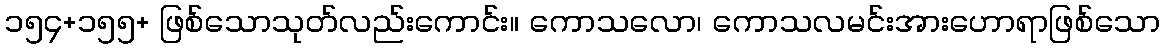
၁၅၄+၁၅၅+ ဖြစ်သောသုတ်လည်းကောင်း။ ကောသလော၊ ကောသလမင်းအားဟောရာဖြစ်သော